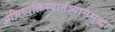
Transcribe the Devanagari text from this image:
अभिव्यक्तिस्वातंत्र्याससुद्धा